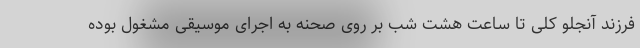
فرزند آنجلو کلی تا ساعت هشت شب بر روی صحنه به اجرای موسیقی مشغول بوده